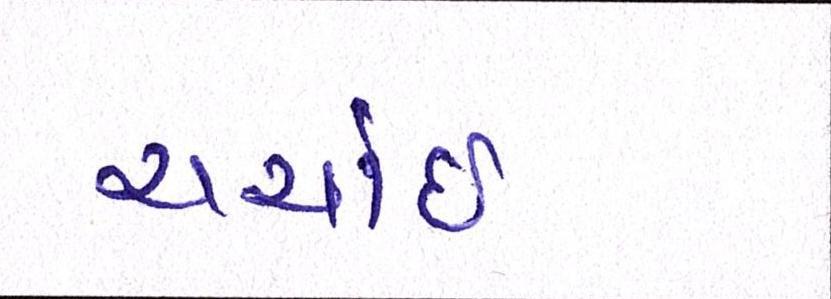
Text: ચર્ચાઈ